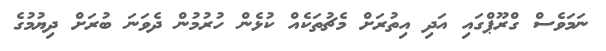
ނަމަވެސް ގްރޫޕްގައި އަދި އިތުރަށް މެޗުތަކެއް ކުޅެން ހުރުމުން ދެވަނަ ބުރަށް ދިޔުމުގެ